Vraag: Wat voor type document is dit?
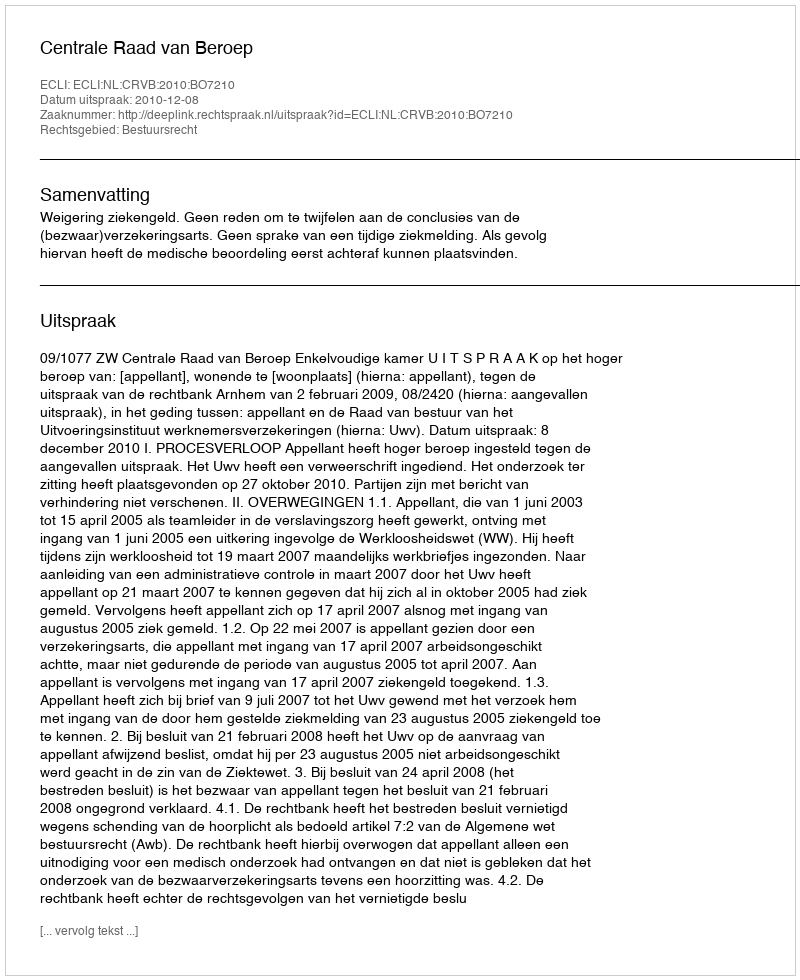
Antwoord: Uitspraak